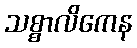
သစ္စာလိကေန